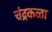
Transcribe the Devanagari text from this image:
चंद्रकळा